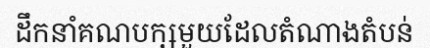
ដឹកនាំគណបក្សមួយដែលតំណាងតំបន់